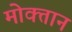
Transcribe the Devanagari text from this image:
मोक्तान